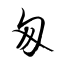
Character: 匆